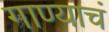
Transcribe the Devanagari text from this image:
गाण्याचं